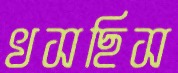
খসছিস